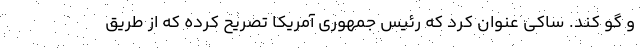
و گو کند. ساکی عنوان کرد که رئیس جمهوری آمریکا تصریح کرده که از طریق